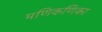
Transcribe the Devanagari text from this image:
मणिकणिका